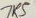
Text: 7K5